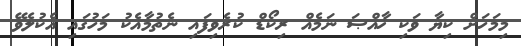
މިމަހަށް ކިޔާ ވަކި ޚާއްޞަ ނަމެއް ރިކޯޑް ކުރެވިފައި ނެތުމާއެކު މަހުގައި އެކުލެވޭ